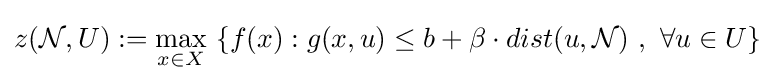
z({\mathcal {N}},U):=\max _{x\in X}\ \{f(x):g(x,u)\leq b+\beta \cdot dist(u,{\mathcal {N}})\ ,\ \forall u\in U\}